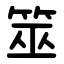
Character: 筮